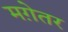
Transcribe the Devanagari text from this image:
मग़ेतर